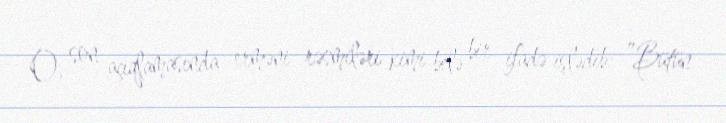
O, son açıqlamasında erməni rəsmiləri kimi belə bir ifadə işlədib: ”Bütün